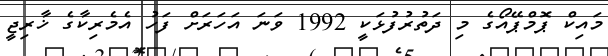
މައިކް ޕޮމްޕޭއޯގެ މި ދަތުރުފުޅަކީ 1992 ވަނަ އަހަރަށް ފަހު އެމެރިކާގެ ޚާރިޖީ